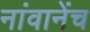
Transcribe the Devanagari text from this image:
नांवानेंच